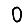
Digit: 0